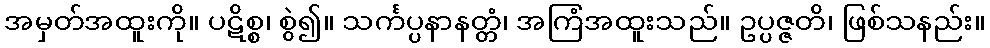
အမှတ်အထူးကို။ ပဋိစ္စ၊ စွဲ၍။ သင်္ကပ္ပနာနတ္တံ၊ အကြံအထူးသည်။ ဥပ္ပဇ္ဇတိ၊ ဖြစ်သနည်း။